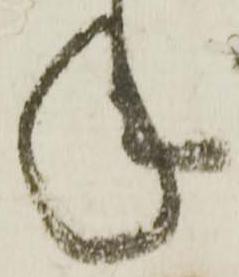
年